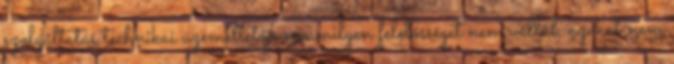
szolgáltatás technikai üzemeltetője semmilyen felelősséget nem vállal, azokat nem